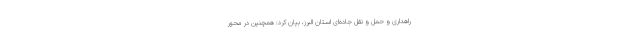
راهداری و حمل و نقل جاده‌ای استان البرز، بیان کرد: همچنین در محور